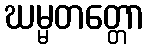
ဃမ္မတတ္တော